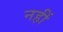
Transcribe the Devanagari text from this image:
नहीं